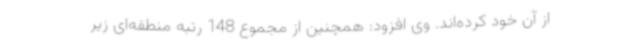
از آن خود کرده‌اند. وی افزود: همچنین از مجموع 148 رتبه منطقه‌ای زیر